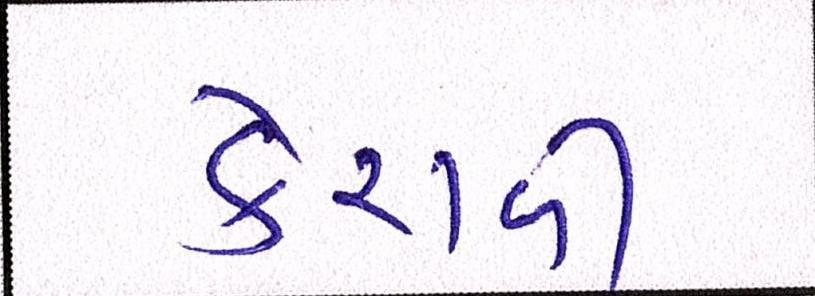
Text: કેરાળી